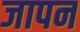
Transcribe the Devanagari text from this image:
जापन